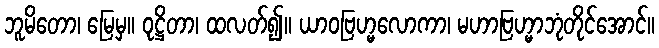
ဘူမိတော၊ မြေမှ။ ဝုဋ္ဌိတာ၊ ထလတ်၍။ ယာဝဗြဟ္မလောကာ၊ မဟာဗြဟ္မာဘုံတိုင်အောင်။